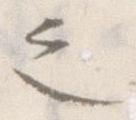
之